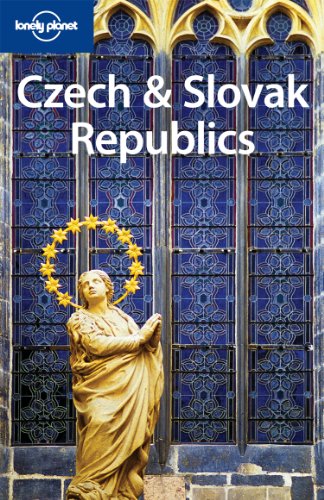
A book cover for Lonely Planet Czech & Slovak Republics (Travel Guide); Lonely Planet; Travel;